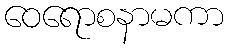
ဝေရောစနာမကာ